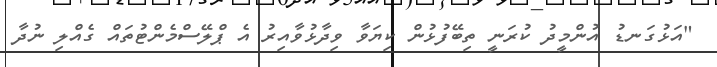
"އަޅުގަނޑު އުންމީދު ކުރަނީ ތިބޭފުޅުން ކިޔަވާ ވިދާޅުވާއިރު އެ ޕްލޭސްމެންޓުތައް ގެއްލި ނުދާ